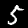
Digit: 5